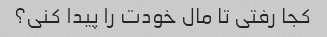
کجا رفتی تا مال خودت را پیدا کنی؟